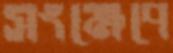
সংক্ষেপে